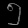
Digit: ၅